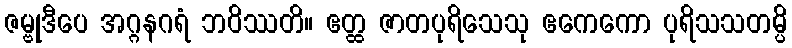
ဇမ္ဗုဒီပေ အဂ္ဂနဂရံ ဘဝိဿတိ။ ဧတ္ထ ဇာတပုရိသေသု ဧကေကော ပုရိသသတမ္ပိ